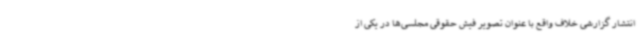
انتشار گزارشی خلاف واقع با عنوان تصویر فیش حقوقی مجلسی‌ها در یکی از